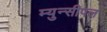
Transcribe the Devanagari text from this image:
म्युन्सीपल